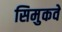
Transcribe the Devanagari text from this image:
सिमुकवे